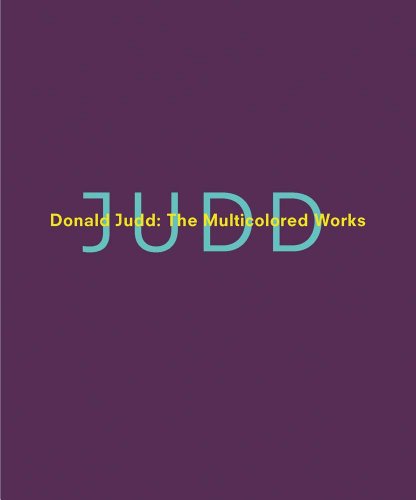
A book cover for Donald Judd: The Multicolored Works; Marianne Stockebrand; Arts & Photography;